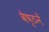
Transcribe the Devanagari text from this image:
वेष्ठनें